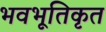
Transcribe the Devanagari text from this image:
भवभूतिकृत